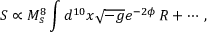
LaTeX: S \propto { M _ { s } ^ { 8 } } \int d ^ { 1 0 } x \sqrt { - g } e ^ { - 2 \phi } \, { \cal R } + \cdots \, ,